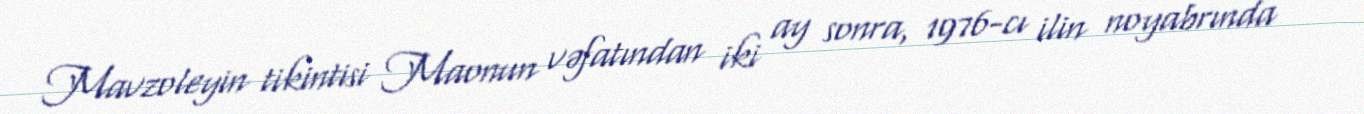
Mavzoleyin tikintisi Maonun vəfatından iki ay sonra, 1976-cı ilin noyabrında